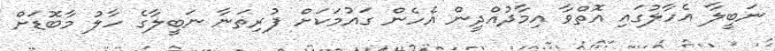
ނަބީލާ އެހާލުގައި އޮތްވާ އިމާދުއްދީން އެހެން ގައުމަކަށް ފުރިތަނާ ނަބީލާގެ ހާލު މާބޮޑަށް